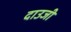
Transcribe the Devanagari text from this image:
दाउजी